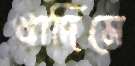
খাদিমে